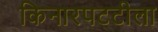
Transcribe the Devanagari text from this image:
किनारपटटीला